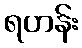
ရဟန်း